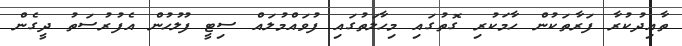
ތާއިދުކުރާ ފަރާތަކުން ހާމަކުރި ގޮތުގައި މިހާލަތުގައި ފުވައްމުލައް ސިޓީ ފުލުހުން އެފުރުސަތު ދީގެން